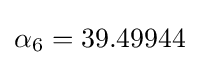
\alpha _{6}=39.49944